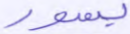
بسور